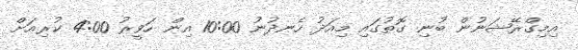
އިމިގްރޭޝަނުން ބުނި ގޮތުގައި މިއަދު ހެނދުނު 10:00 އިން ހަވީރު 4:00 ކުރިއަށް